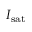
I _ { \mathrm { s a t } }